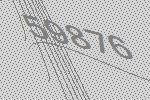
59876